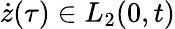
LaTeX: \dot{z}(\tau)\in L_{2}(0,t)